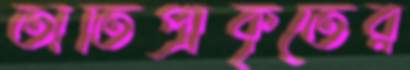
অতিপ্রাকৃতের